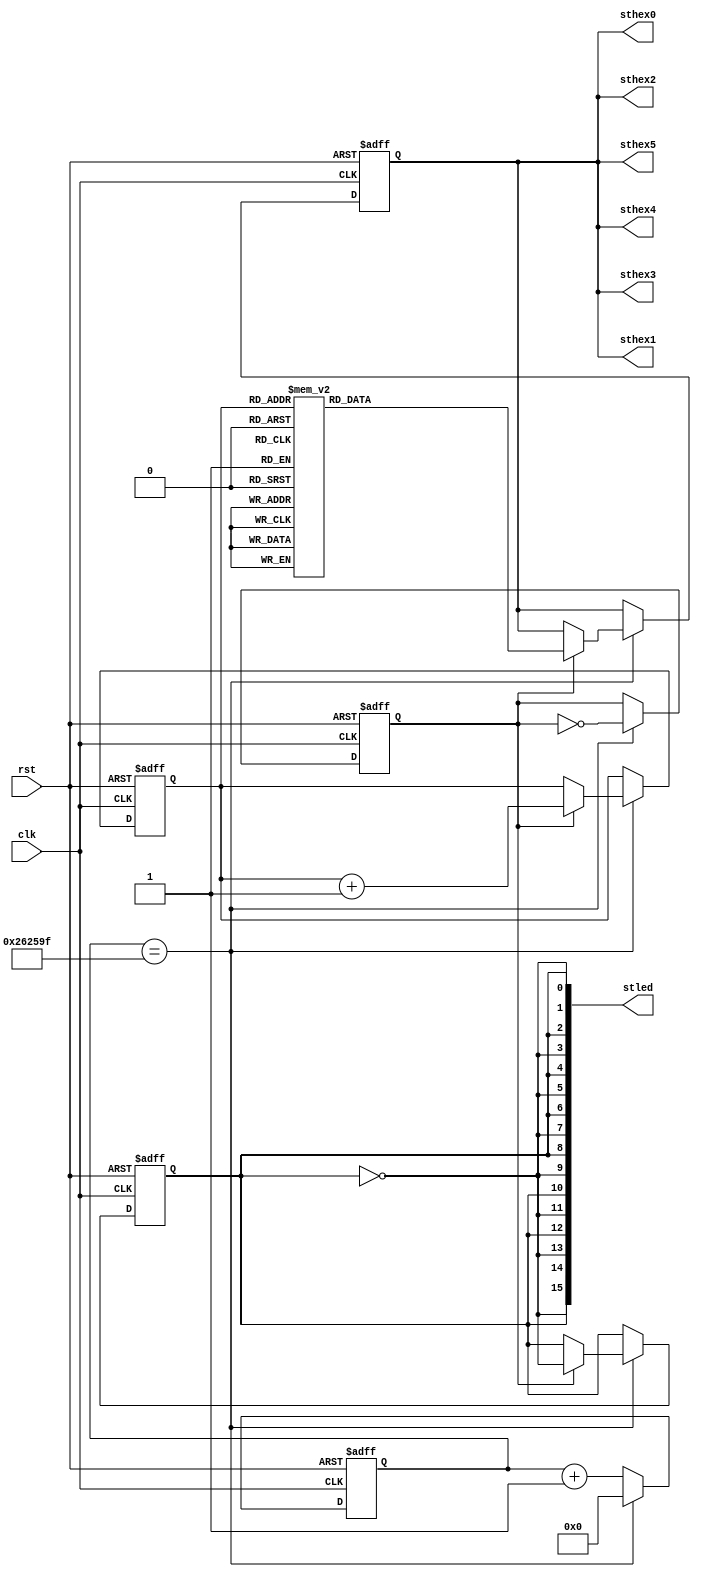
// -------------------------------------------------------
// blink.v    gm-study-max demo program    @20230319 fm4dd
//
// Requires: 16x LEDs, 6x 7-segment digits, system clock
//
// Description:
// ------------
// This program blinks alternately the even and odd LEDs.
// A 2Hz blink pulse derived from the 10MHz signal SB_A8:
// 10MHz clock needs breakpoint at 23'd2499999 (gatemate)
// -------------------------------------------------------

module blink(
  input wire clk,
  input wire rst,
  output wire [7:0] sthex0,
  output wire [7:0] sthex1,
  output wire [7:0] sthex2,
  output wire [7:0] sthex3,
  output wire [7:0] sthex4,
  output wire [7:0] sthex5,
  output wire [15:0] stled
);

reg clk_2hz, clk_1hz;
reg [22:0] count;
reg [2:0] segment;
reg [7:0] pattern;

assign {stled[0], stled[2], stled[4], stled[6], stled[8], stled[10], stled[12], stled[14]} = {8{clk_1hz}};
assign {stled[1], stled[3], stled[5], stled[7], stled[9], stled[11], stled[13], stled[15]} = {8{~clk_1hz}};
assign {sthex0, sthex1, sthex2, sthex3, sthex4, sthex5} = {6{pattern}};

always @(posedge clk or negedge rst) begin
  if(!rst) begin
    clk_1hz = 1'b1;
    clk_2hz = 1'b1;
    count = 23'd0;
    pattern = 8'b11111111;
    segment = 3'd0;
  end
  else begin 
    count <= count + 1;
    if(count == 23'd2499999) begin
      count <= 0;
      clk_2hz <= ~clk_2hz;
      if(clk_2hz == 1) begin
        clk_1hz <= ~clk_1hz;
        segment <= segment + 1;
        case (segment)
          3'd0: pattern <= 8'b11111110;
          3'd1: pattern <= 8'b11101101;
          3'd2: pattern <= 8'b10111011;
          3'd3: pattern <= 8'b11010111;
          3'd4: pattern <= 8'b11101101;
          3'd5: pattern <= 8'b11010111;
          3'd6: pattern <= 8'b10111011;
          3'd7: pattern <= 8'b01111111;
        endcase
      end
    end
  end
end
endmodule